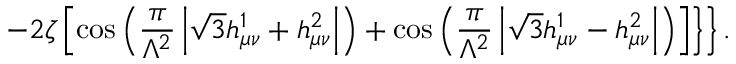
\left. \left. - 2 \zeta \left[ \cos \left( \frac { \pi } { \Lambda ^ { 2 } } \left| \sqrt { 3 } h _ { \mu \nu } ^ { 1 } + h _ { \mu \nu } ^ { 2 } \right| \right) + \cos \left( \frac { \pi } { \Lambda ^ { 2 } } \left| \sqrt { 3 } h _ { \mu \nu } ^ { 1 } - h _ { \mu \nu } ^ { 2 } \right| \right) \right] \right\} \right\} .